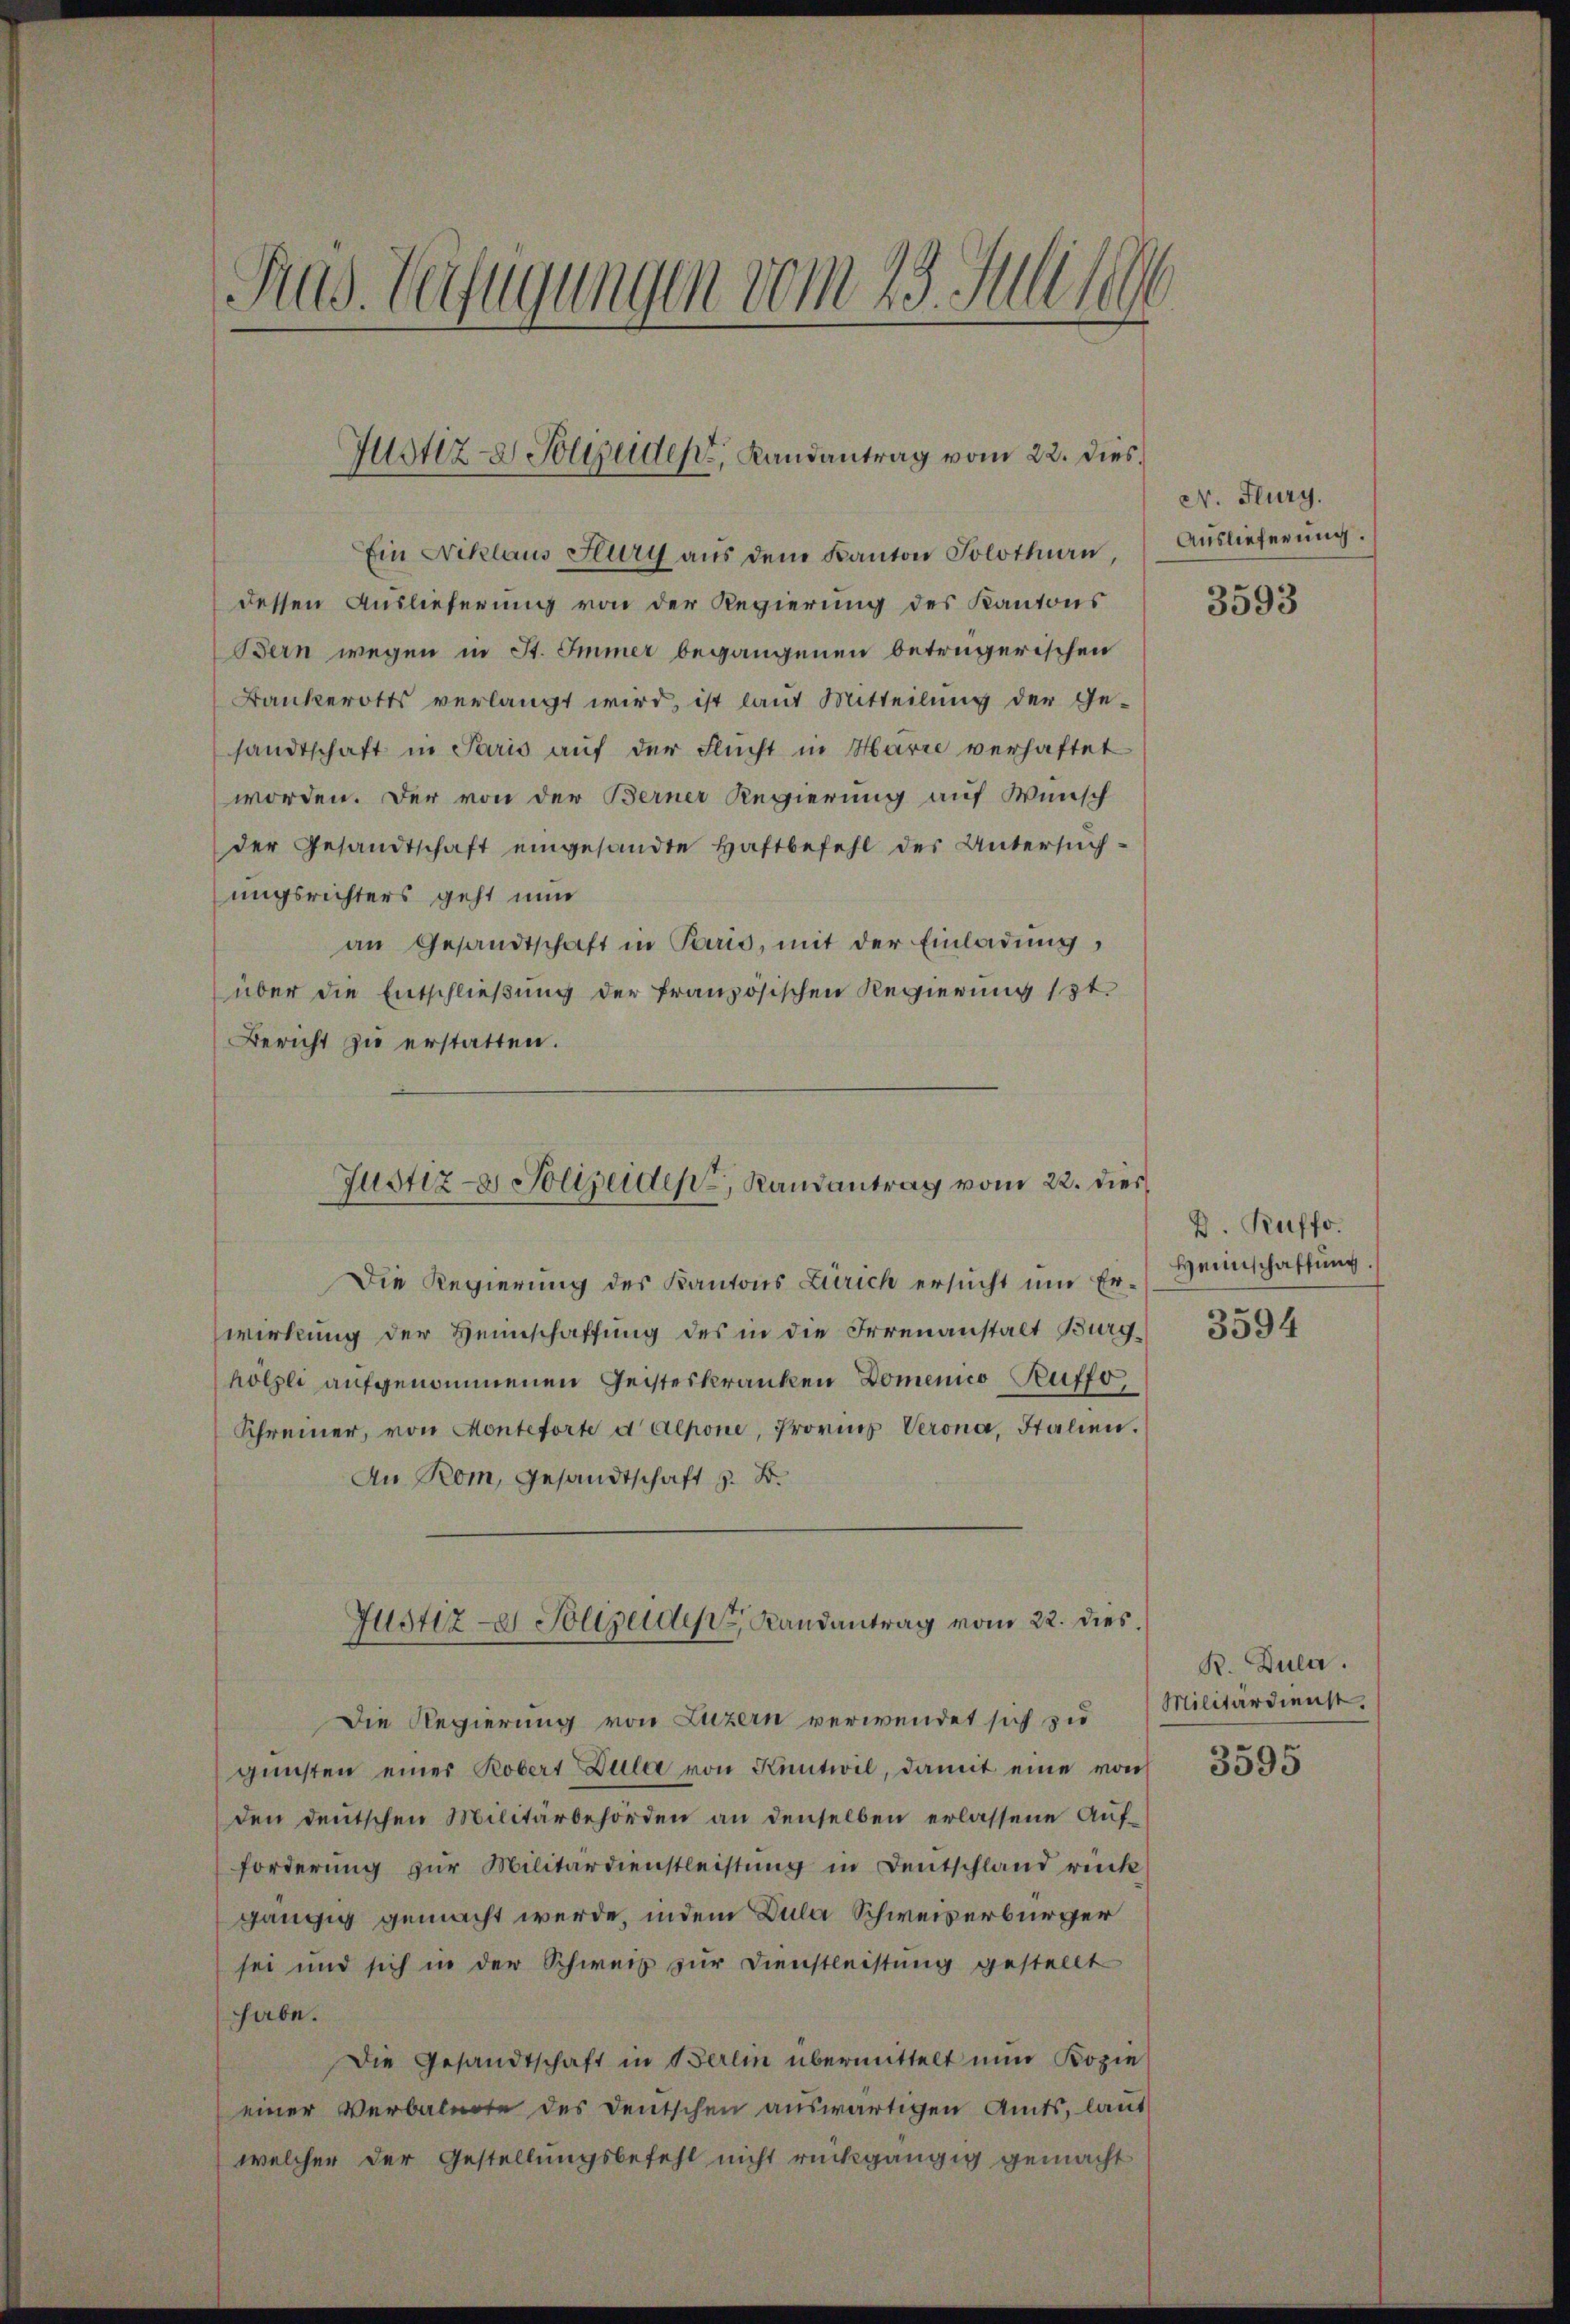
Sad. Verfügungen vom 23. Juli 186

Justiz- & Polizeidens, Landantrag vom 22. Dies

Ein Niklaus Flury aus dem Kanton Solothurn,
dessen Auslieferung von der Regierung des Kantons
Bern wegen in St. Immer begangenen betrügerischen
Bankerotts verlangt wird, ist laut Mitteilung der Ge-
sandtschaft in Paris auf der Flucht in Harre verhaftet
worden. Der von der Berner Regierung auf Wunsch
der Gesandtschaft eingesandte Haftbefehl des Untersŭch-
ungsrichters geht nun
an Gesandtschaft in Paris, mit der Einladung,
über die Entschließung der französischen Regierung 13t.
Bericht zu erstatten.
Die Regierung des Kantons Zürich ersucht und Erwirkung der Heinschaffung des in die Irrenanstalt Burghölzli aufgenommenen Geisteskranken Domenico Ruffo
Schreiner, von Monteforte d Alpone, Provinz Verona, Italien.
An Rom, Gesandtschaft z. B.
Justiz - Polizeide Handantrag vom 22. dies
Die Regierung von Luzern verwendet sich zu
gŭnsten einer Robert Zula von Kentwil, damit eine von
den deutschen Militärbehörden an denselben erlassene Aufforderŭng zŭr Militärdienstleistŭng in Deutschland rück
gängig gemacht werde, indem Dula Schweizerbürger
sei und sich in der Schweiz zur Dienstleistung gestellt
habe.
Die Gesandtschaft in Berlin übermittelt nun Kopie
einer Verbalnote des Deutschen auswärtigen Amts, laut
welcher der Gestellungsbefehl nicht rückgängig gemacht

Justiz- & Polizeiden Randantrag vom 22. dies

N. Flury.
Auslieferung.

3593

D. Ruffo
Heimschaffung

3594

R. Dula.
Militärdienst.

3595